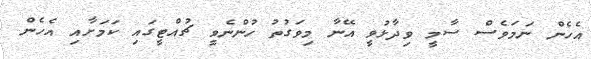
އެހެން ނަމަވެސް ސާމީ ވިދާޅުވީ އޭނާ މިވަގުތު ހުންނެވީ ޗުއްޓީގައި ކަމަށާއި އެހެން